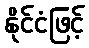
နိုင်ငံဖြင့်